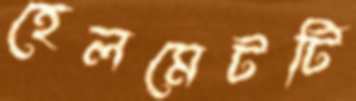
হেলমেটটি